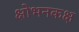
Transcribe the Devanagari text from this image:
क्षोभनकक्ष